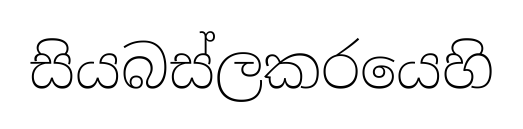
සියබස්ලකරයෙහි